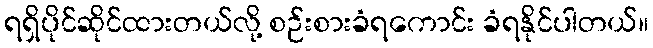
ရရှိပိုင်ဆိုင်ထားတယ်လို့ စဉ်းစားခံရကောင်း ခံရနိုင်ပါတယ်။